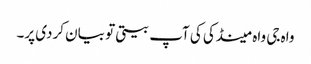
واہ جی واہ مینڈکی کی آپ بیتی تو بیان کردی پر۔